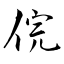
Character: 俒